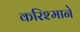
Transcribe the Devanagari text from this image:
करिश्माने